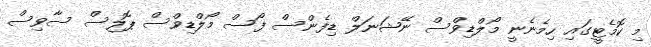
މި ކޮމެޓީގައި ހިމެނެނީ މޯލްޑިވްސް ނޭޝަނަލް ޑިފެންސް ފޯސް މޯލްޑިވްސް ޕޮލިސް ސާވިސް